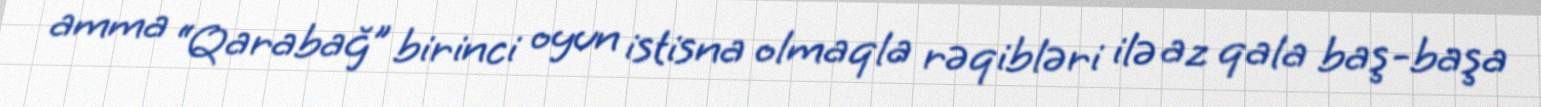
amma “Qarabağ” birinci oyun istisna olmaqla rəqibləri ilə az qala baş-başa